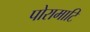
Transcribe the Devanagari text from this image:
पोरामाटि